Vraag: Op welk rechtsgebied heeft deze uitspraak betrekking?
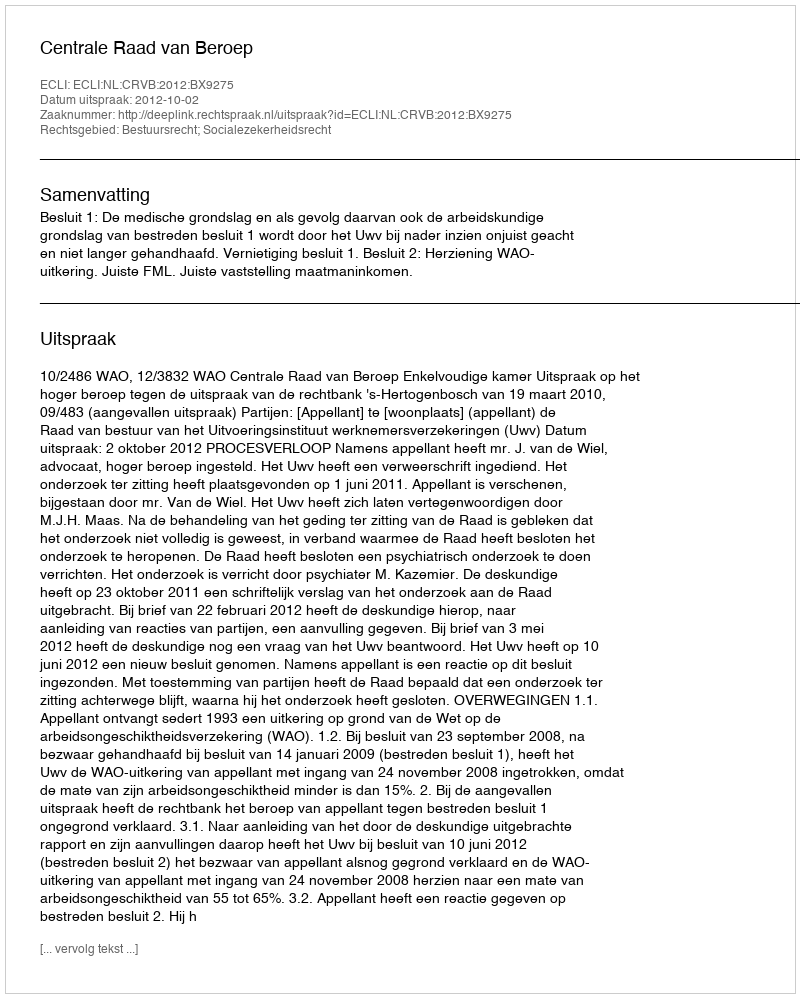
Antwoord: Bestuursrecht; Socialezekerheidsrecht